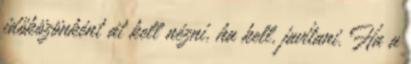
időközönként át kell nézni, ha kell, javítani. Ha a